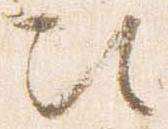
次